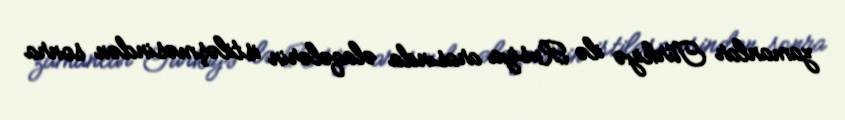
zamanlar Türkiyə ilə Rusiya arasında əlaqələrin istiləşməsindən sonra